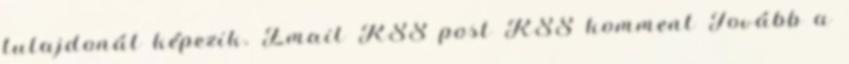
tulajdonát képezik. Email RSS post RSS komment Tovább a